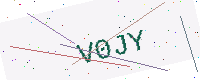
Text: V0JY